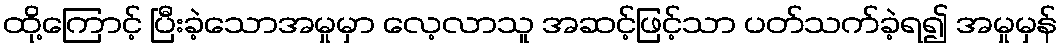
ထို့ကြောင့် ပြီးခဲ့သောအမှုမှာ လေ့လာသူ အဆင့်ဖြင့်သာ ပတ်သက်ခဲ့ရ၍ အမှုမှန်